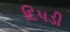
દિપડી